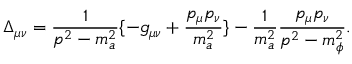
\Delta _ { \mu \nu } = \frac { 1 } { p ^ { 2 } - m _ { a } ^ { 2 } } \{ - g _ { \mu \nu } + \frac { p _ { \mu } p _ { \nu } } { m _ { a } ^ { 2 } } \} - { \frac { 1 } { m _ { a } ^ { 2 } } } \frac { p _ { \mu } p _ { \nu } } { p ^ { 2 } - m _ { \phi } ^ { 2 } } .